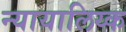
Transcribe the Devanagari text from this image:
न्यायालिय्क